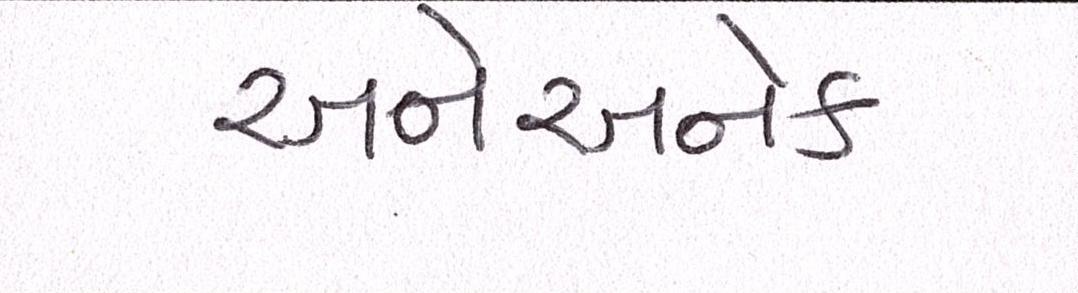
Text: અનેઅનેક